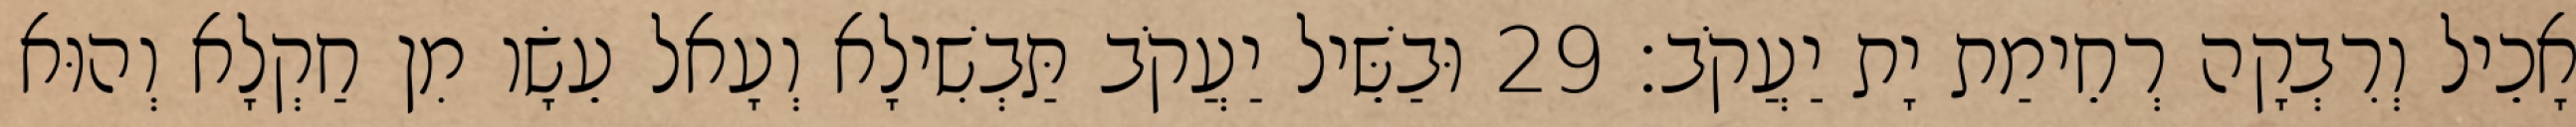
אָכֵיל וְרִבְקָה רְחֵימַת יָת יַעֲקֹב׃ 29 וּבַשֵּׁיל יַעֲקֹב תַּבְשִׁילָא וְעָאל עֵשָׂו מִן חַקְלָא וְהוּא